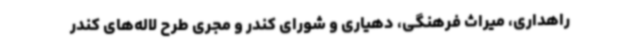
راهداری، میراث فرهنگی، دهیاری و شورای کندر و مجری طرح لاله‌های کندر